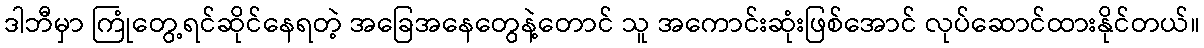
ဒါဘီမှာ ကြုံတွေ့ရင်ဆိုင်နေရတဲ့ အခြေအနေတွေနဲ့တောင် သူ အကောင်းဆုံးဖြစ်အောင် လုပ်ဆောင်ထားနိုင်တယ်။